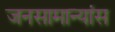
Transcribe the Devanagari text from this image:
जनसामान्यांस